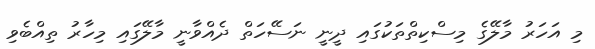
މި އަހަރު މާލޭގެ މިސްކިތްތަކުގައި ދީނީ ނަސޭހަތް ދެއްވާނީ މާލޭގައި މިހާރު ތިއްބެވި